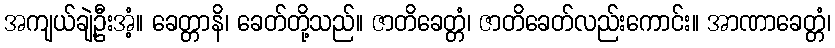
အကျယ်ချဲ့ဦးအံ့။ ခေတ္တာနိ၊ ခေတ်တို့သည်။ ဇာတိခေတ္တံ၊ ဇာတိခေတ်လည်းကောင်း။ အာဏာခေတ္တံ၊